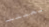
لعبتنا